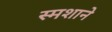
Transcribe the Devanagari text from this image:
स्मशाने